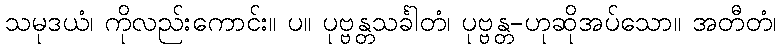
သမုဒယံ၊ ကိုလည်းကောင်း။ ပ။ ပုဗ္ဗန္တသင်္ခါတံ၊ ပုဗ္ဗန္တ-ဟုဆိုအပ်သော။ အတီတံ၊